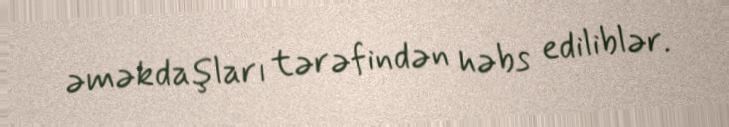
əməkdaşları tərəfindən həbs ediliblər.